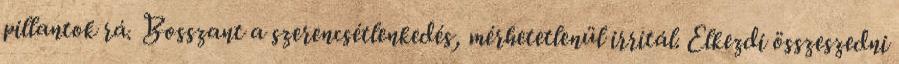
pillantok rá. Bosszant a szerencsétlenkedés, mérhetetlenül irritál. Elkezdi összeszedni